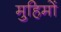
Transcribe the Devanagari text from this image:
मुहिमों